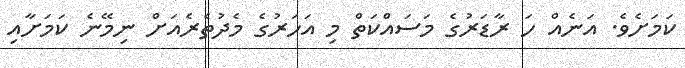
ކަމަށެވެ. އަނެއް ހަ ރާޑަރުގެ މަސައްކަތް މި އަހަރުގެ މެދުތެރެއަށް ނިމޭނެ ކަމަށާއި